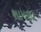
શામણા